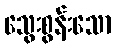
သွေးစွန်းသော